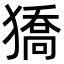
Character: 獢